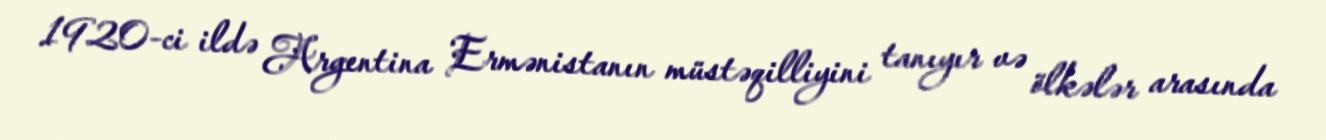
1920-ci ildə Argentina Ermənistanın müstəqilliyini tanıyır və ölkələr arasında